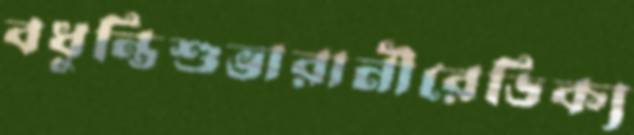
বধুন্তিশুভারানীরেডিক্য